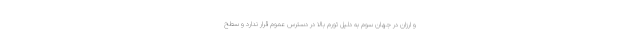
و ارزان در جهان سوم به دلیل تورم بالا در دسترس عموم قرار ندارد و سطح